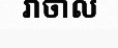
វាចាល